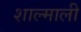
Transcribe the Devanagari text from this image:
शाल्माली